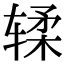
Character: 𫐓